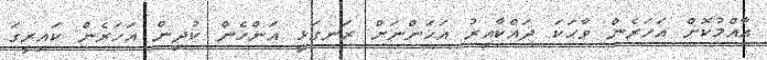
އާއްމުކޮށް އަހަރެން ވާހަކަ ދައްކާއިރު އަހަންނަށް ރަނގަޅީ އަންހެން ކުދިން އަހަރެން ކައިރީގަ